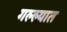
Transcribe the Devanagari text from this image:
गल्ल्यात